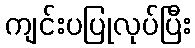
ကျင်းပပြုလုပ်ပြီး